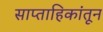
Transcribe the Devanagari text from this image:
साप्ताहिकांतून